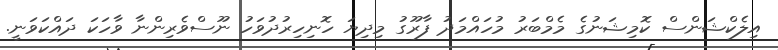
އިލެކްޝަންސް ކޮމިޝަނުގެ މެމްބަރު މުހައްމަދު ފާރޫގު މިދިޔަ ހޮނިހިރުދުވަހު ނޫސްވެރިންނާ ވާހަކަ ދައްކަވަނީ.